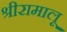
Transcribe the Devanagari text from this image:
श्रीरामालू